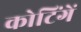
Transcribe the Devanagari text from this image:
कोटिंगें